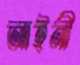
আইনী